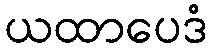
ယထာပေဒံ